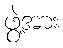
ဖွဲ့အား